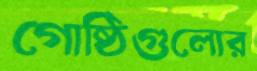
গোষ্ঠিগুলোর